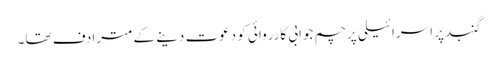
گنبد پر اسرائیلی پرچم جوابی کارروائی کو دعوت دینے کے مترادف تھا۔